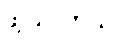
ဖွဲ့ပြပါတယ်။